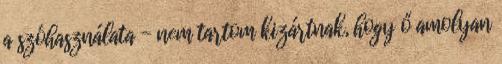
a szóhasználata - nem tartom kizártnak, hogy ő amolyan